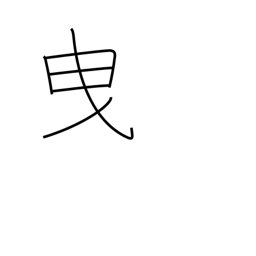
Meaning: admit